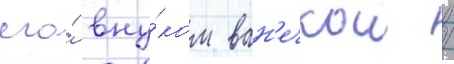
его́ вну́ком ван'ечкои /